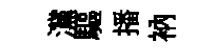
灙驅播衲